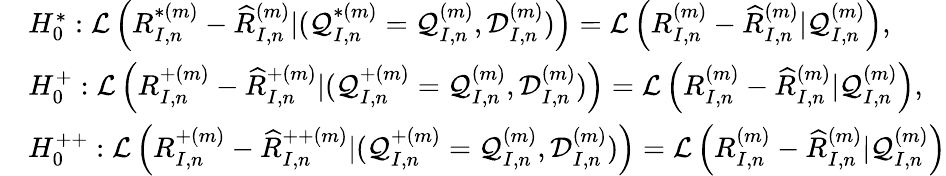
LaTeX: \begin{array}{rl}&{H_{0}^{*}:\mathcal{L}\left(R_{I,n}^{*(m)}-\widehat R_{I,n}^{(m)}|(\mathcal{Q}_{I,n}^{*(m)}=\mathcal{Q}_{I,n}^{(m)},\mathcal{D}_{I,n}^{(m)})\right)=\mathcal{L}\left(R_{I,n}^{(m)}-\widehat R_{I,n}^{(m)}|\mathcal{Q}_{I,n}^{(m)}\right),}\\ &{H_{0}^{+}:\mathcal{L}\left(R_{I,n}^{+(m)}-\widehat R_{I,n}^{+(m)}|(\mathcal{Q}_{I,n}^{+(m)}=\mathcal{Q}_{I,n}^{(m)},\mathcal{D}_{I,n}^{(m)})\right)=\mathcal{L}\left(R_{I,n}^{(m)}-\widehat R_{I,n}^{(m)}|\mathcal{Q}_{I,n}^{(m)}\right),}\\ &{H_{0}^{++}:\mathcal{L}\left(R_{I,n}^{+(m)}-\widehat R_{I,n}^{++(m)}|(\mathcal{Q}_{I,n}^{+(m)}=\mathcal{Q}_{I,n}^{(m)},\mathcal{D}_{I,n}^{(m)})\right)=\mathcal{L}\left(R_{I,n}^{(m)}-\widehat R_{I,n}^{(m)}|\mathcal{Q}_{I,n}^{(m)}\right)}\end{array}